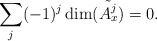
\begin{align*} \sum_j (-1)^j \dim(\tilde{A^j_x})=0.\end{align*}